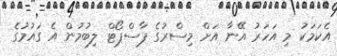
އެކަމަކު މި އަހަރު އޭނާ އަށް މިސްރުގެ ޕާސްޕޯޓް ލިބުމުން އެ ގައުމުގެ